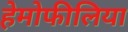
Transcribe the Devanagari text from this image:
हेमोफीलिया